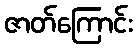
ဇာတ်ကြောင်း